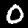
Digit: 0